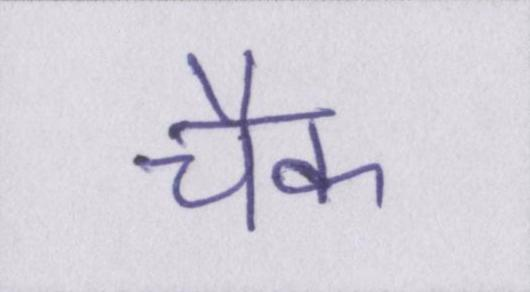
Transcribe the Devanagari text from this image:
चैक